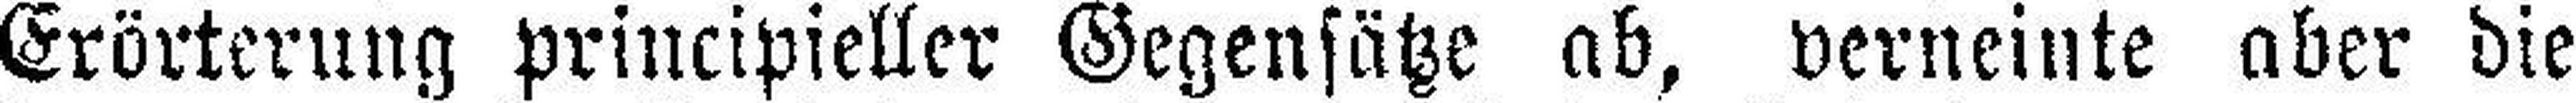
Erörterung principieller Gegensätze ab, verneinte aber die